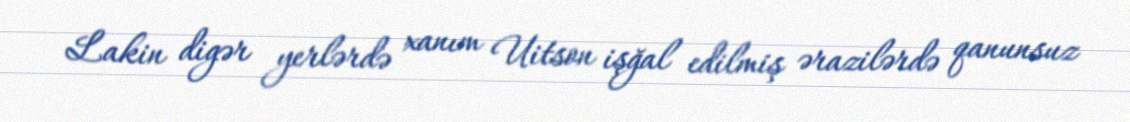
Lakin digər yerlərdə xanım Uitson işğal edilmiş ərazilərdə qanunsuz